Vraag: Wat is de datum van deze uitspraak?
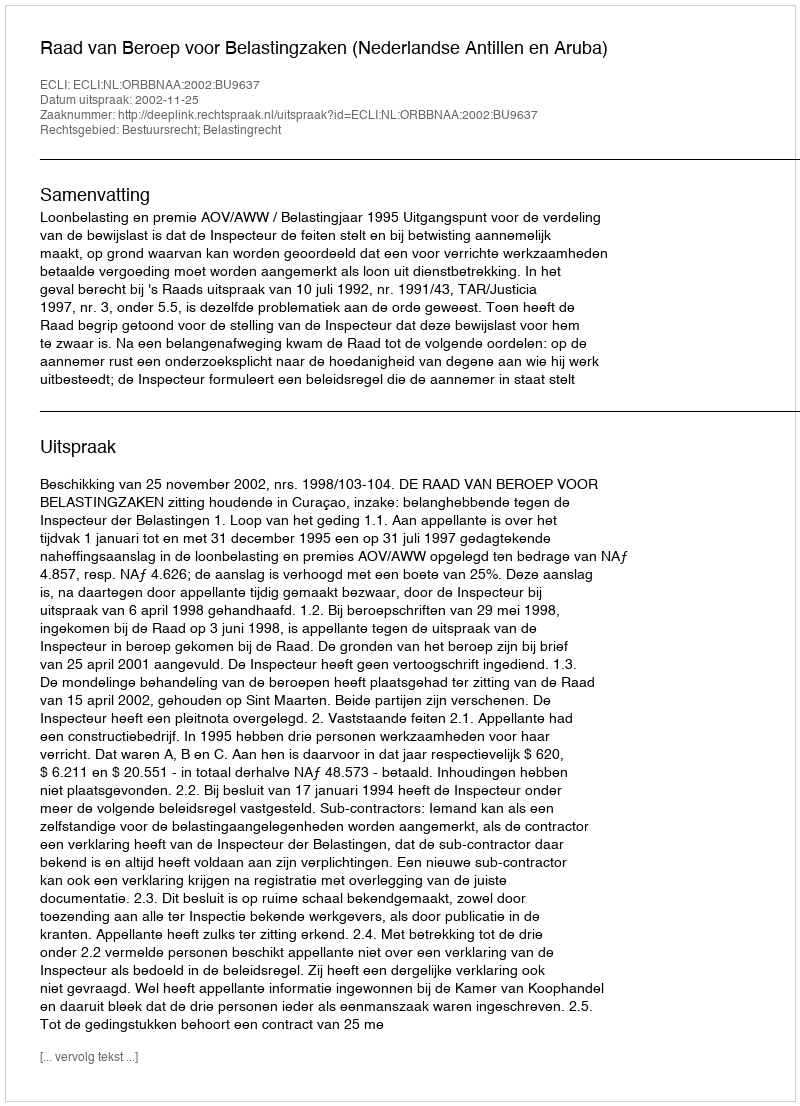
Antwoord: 2002-11-25